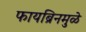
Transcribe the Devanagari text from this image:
फायब्रिनमुळे